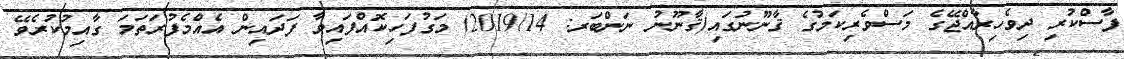
ފާސްކުރި ދިވެހިރާއްޖޭގެ މަސްވެރިކަމުގެ ޤާނޫނުގައި(ޤާނޫނު ނަންބަރ: 2019/14) މަގުފަހިކޮއްފައިވާ ފަދައިން އެއްމެފުރަތަމަ ގާއިމުކުރެވޭ